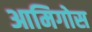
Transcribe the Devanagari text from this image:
आमिगोस